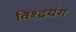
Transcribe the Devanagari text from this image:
विश्द्रयंग